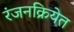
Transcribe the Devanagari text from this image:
रंजनक्रियेत